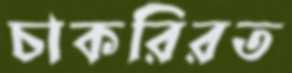
চাকরিরত